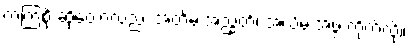
ကကြစို့ ဆိုတော့လည်း အတိမ်းအညွတ်၊ အယိမ်းအဖွဲ့ ကိုက်လို့။